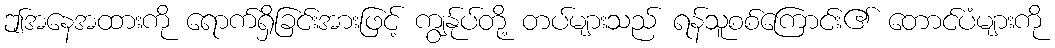
ဤအနေအထားကို ရောက်ရှိခြင်းအားဖြင့် ကျွန်ုပ်တို့ တပ်များသည် ရန်သူစစ်ကြောင်း၏ တောင်ပံများကို